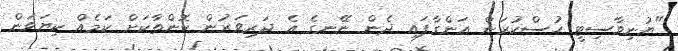
"ޔުނިވާސިޓީ ހުސްކުރަން އަންގާފައި ދެން ނޭނގެ އެ ދަރިވަރުން ކޮންތާކަށް ކަމެއް ކިޔަވަން